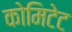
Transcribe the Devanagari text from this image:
कोमिटेट